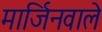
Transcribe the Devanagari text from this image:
मार्जिनवाले